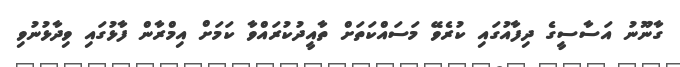
ގާނޫނު އަސާސީގެ ދިފާއުގައި ކުރެވޭ މަސައްކަތަށް ތާއީދުކުރައްވާ ކަމަށް އިމްރާން ފާޅުގައި ވިދާޅުނުވި